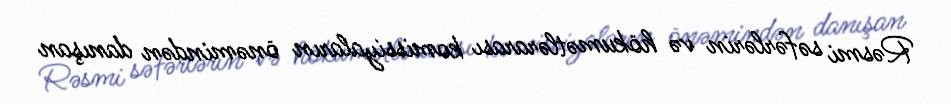
Rəsmi səfərlərin və hökumətlərarası komissiyaların önəmindən danışan